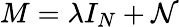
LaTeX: M=\lambda I_{N}+\mathcal{N}